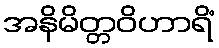
အနိမိတ္တဝိဟာရိံ